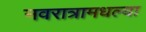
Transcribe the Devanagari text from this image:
नवरात्रामधल्या